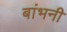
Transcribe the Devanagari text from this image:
बांभनी